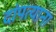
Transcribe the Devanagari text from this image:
दांपत्याना